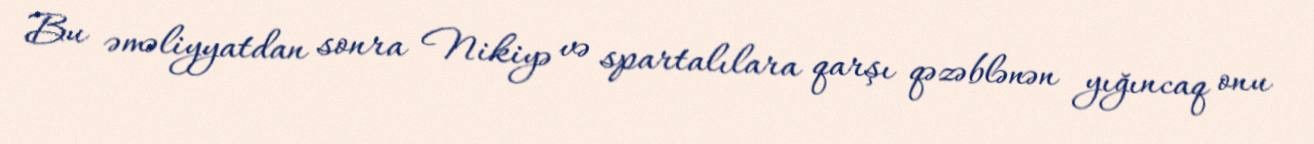
Bu əməliyyatdan sonra Nikiyə və spartalılara qarşı qəzəblənən yığıncaq onu